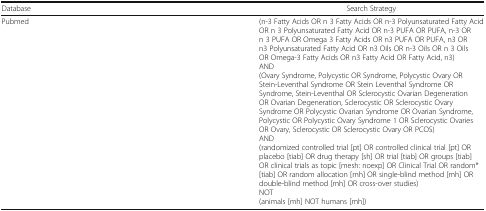
| Database | Search Strategy |
 | --- | --- |
 | Pubmed | (n-3 Fatty Acids OR n 3 Fatty Acids OR n-3 Polyunsaturated Fatty Acid OR n 3 Polyunsaturated Fatty Acid OR n-3 PUFA OR PUFA, n-3 OR n 3 PUFA OR Omega 3 Fatty Acids OR n3 PUFA OR PUFA, n3 OR n3 Polyunsaturated Fatty Acid OR n3 Oils OR n-3 Oils OR n 3 Oils OR Omega-3 Fatty Acids OR n3 Fatty Acid OR Fatty Acid, n3)AND(Ovary Syndrome, Polycystic OR Syndrome, Polycystic Ovary OR Stein-Leventhal Syndrome OR Stein Leventhal Syndrome OR Syndrome, Stein-Leventhal OR Sclerocystic Ovarian Degeneration OR Ovarian Degeneration, Sclerocystic OR Sclerocystic Ovary Syndrome OR Polycystic Ovarian Syndrome OR Ovarian Syndrome, Polycystic OR Polycystic Ovary Syndrome 1 OR Sclerocystic Ovaries OR Ovary, Sclerocystic OR Sclerocystic Ovary OR PCOS)AND(randomized controlled trial [pt] OR controlled clinical trial [pt] OR placebo [tiab] OR drug therapy [sh] OR trial [tiab] OR groups [tiab] OR clinical trials as topic [mesh: noexp] OR Clinical Trial OR random* [tiab] OR random allocation [mh] OR single-blind method [mh] OR double-blind method [mh] OR cross-over studies)NOT(animals [mh] NOT humans [mh]) |